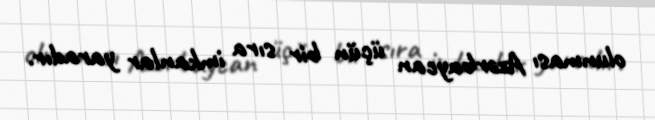
olunması Azərbaycan üçün bir sıra imkanlar yaradır.